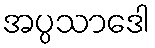
အပ္ပသာဒေါ